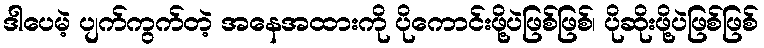
ဒါပေမဲ့ ပျက်ကွက်တဲ့ အနေအထားကို ပိုကောင်းဖို့ပဲဖြစ်ဖြစ်၊ ပိုဆိုးဖို့ပဲဖြစ်ဖြစ်